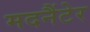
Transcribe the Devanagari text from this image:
मदनैंटेर